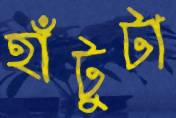
হাঁটুটা